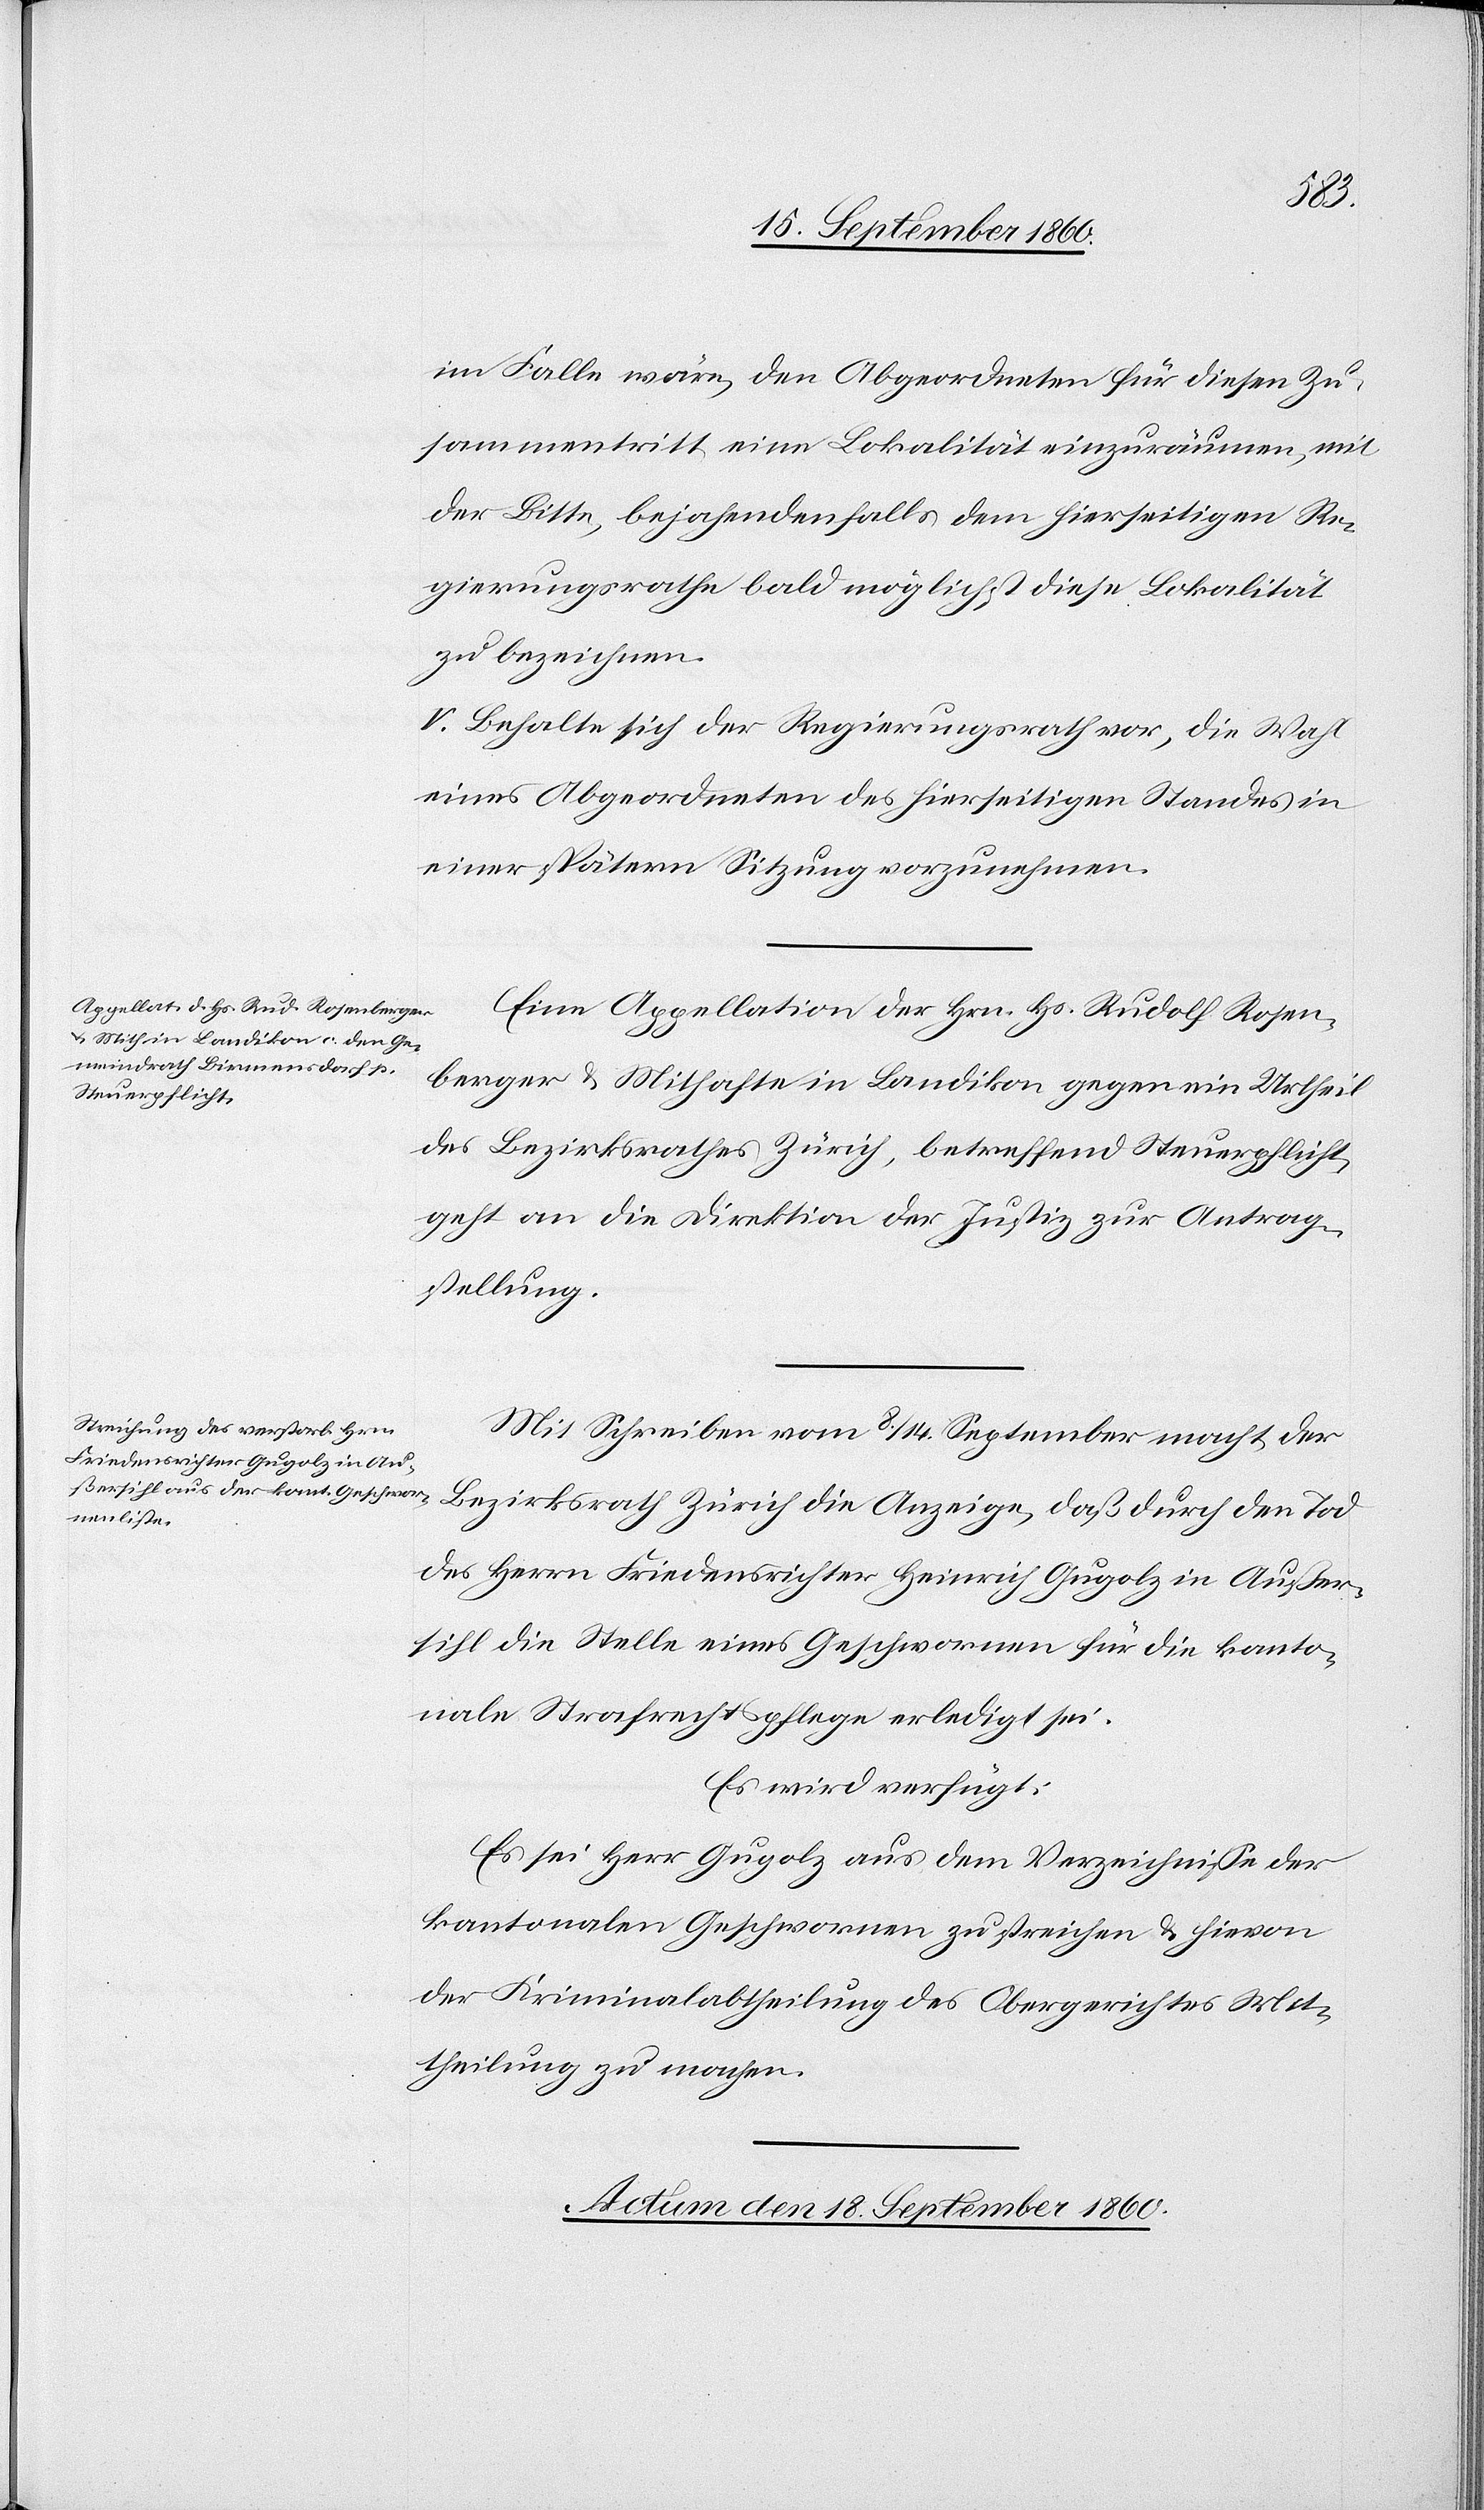
im Falle wäre, den Abgeordneten für diesen Zu¬
sammentritt eine Lokalität einzuräumen, mit
der Bitte, bejahenden falls dem hierseitigen Re¬
gierungsrathe bald möglichst diese Lokalität
zu bezeichnen.
V. Behalte sich der Regierungsrath vor, die Wahl
eines Abgeordneten des hierseitigen Standes in
einer spätern Sitzung vorzunehmen.
Eine Appellation der Hrn. Hs. Rudolf Rosen¬
berger & Mithafte in Landikon gegen ein Urtheil
des Bezirksrathes Zürich, betreffend Steuerpflicht,
geht an die Direktion der Justiz zur Antrag¬
stellung.
Mit Schreiben vom 8./14. September macht der
Bezirksrath Zürich die Anzeige, daß durch den Tod
des Herrn Friedensrichter Heinrich Gugolz in Außer¬
sihl die Stelle eines Geschwornen für die kanto¬
nale Strafrechtspflege erledigt sei.
Es wird verfügt:
Es sei Herr Gugolz aus dem Verzeichnisse der
kantonalen Geschwornen zu streichen & hievon
der Kriminalabtheilung des Obergerichtes Mit¬
theilung zu machen.
Actum den 18. September 1860.